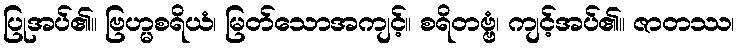
ပြုအပ်၏။ ဗြဟ္မစရိယံ၊ မြတ်သောအကျင့်။ စရိတဗ္ဗံ၊ ကျင့်အပ်၏။ ဇာတဿ၊